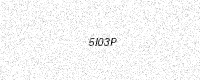
Text: 5I03P